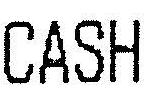
CASH